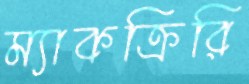
ম্যাকক্রিরি